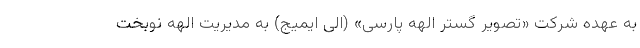
به عهده شرکت «تصویر گستر الهه پارسی» (الی ایمیج) به مدیریت الهه نوبخت